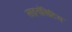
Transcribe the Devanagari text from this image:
साइनॉसिटिस